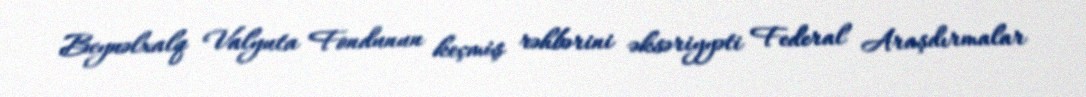
Beynəlxalq Valyuta Fondunun keçmiş rəhbərini əksəriyyəti Federal Araşdırmalar